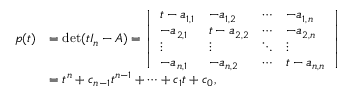
{ \begin{array} { r l } { p ( t ) } & { = \operatorname* { d e t } ( t I _ { n } - A ) = { \left| \begin{array} { l l l l } { t - a _ { 1 , 1 } } & { - a _ { 1 , 2 } } & { \cdots } & { - a _ { 1 , n } } \\ { - a _ { 2 , 1 } } & { t - a _ { 2 , 2 } } & { \cdots } & { - a _ { 2 , n } } \\ { \vdots } & { \vdots } & { \ddots } & { \vdots } \\ { - a _ { n , 1 } } & { - a _ { n , 2 } } & { \cdots } & { t - a _ { n , n } } \end{array} \right| } } \\ & { = t ^ { n } + c _ { n - 1 } t ^ { n - 1 } + \cdots + c _ { 1 } t + c _ { 0 } , } \end{array} }